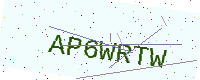
Text: AP6WRTW